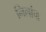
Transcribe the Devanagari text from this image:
निलांचा